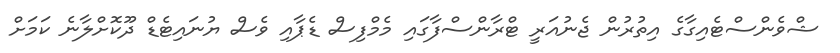
ޝްވެންސްޓެއިގާގެ އިތުރުން ޖެނުއަރީ ޓްރާންސްފާގައި މެމްފިސް ޑެޕާއި ވެސް ޔުނައިޓެޑް ދޫކޮށްލާނެ ކަމަށް